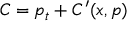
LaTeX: C = p _ { t } + C ^ { \prime } ( x , p )